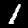
Digit: 1